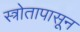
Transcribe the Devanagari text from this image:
स्त्रोतापासून